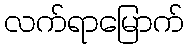
လက်ရာမြောက်